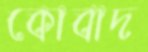
কোবাদ